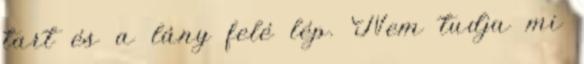
tart és a lány felé lép. Nem tudja mi